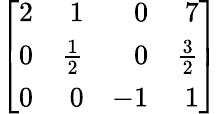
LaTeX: \left[{\begin{array}{rrrr}{2}&{1}&{0}&{7}\\ {0}&{{\frac{1}{2}}}&{0}&{{\frac{3}{2}}}\\ {0}&{0}&{-1}&{1}\end{array}}\right]